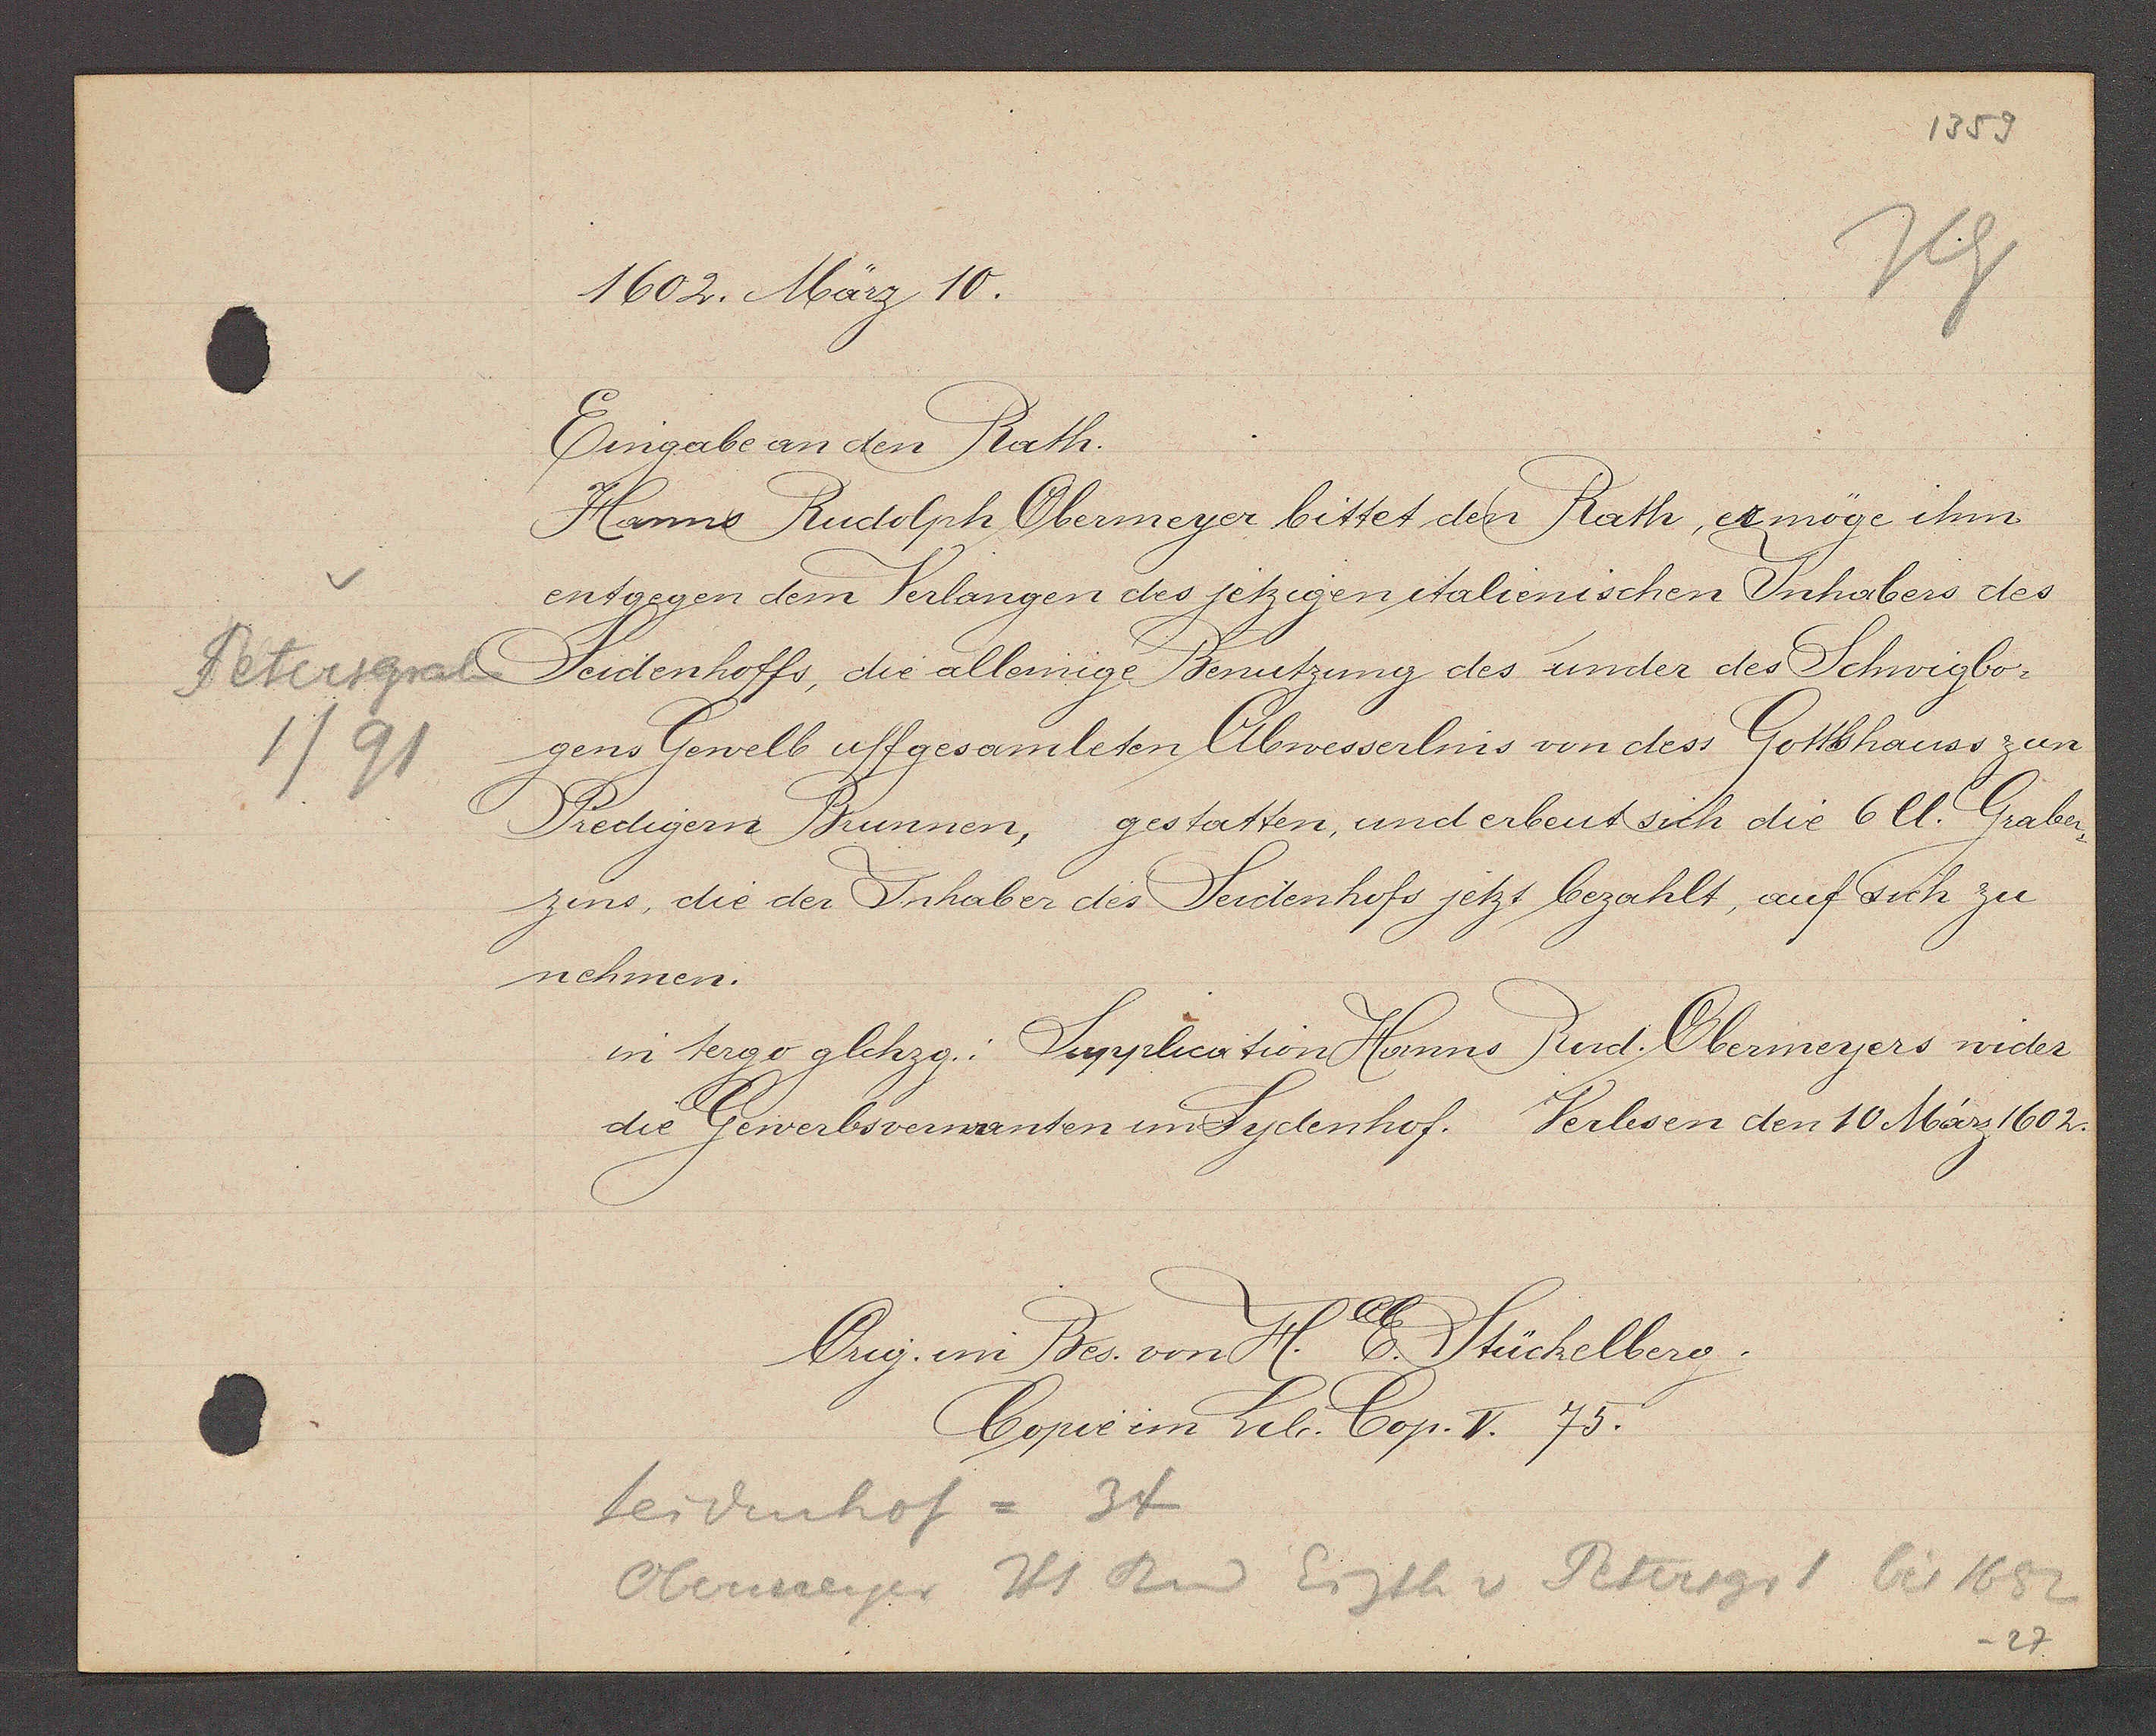
Transcript:
Petersgraben
1/91

1602. März 10.

Eingabe an den Rath.
Hanns Rudolph Obermeyer bittet den Rath, es möge ihm
entgegen dem Verlangen des jetzigen italienischen Inhabers des
Seidenhoffs, die alleinige Benutzung des under des Schwigbo-
gens Gewelb uff gesamleten Abwesserlins von dess Gottshauss zum
Predigern Brunnen, gestatten, und erbent sich die 6 lt. Graben¬
zins, die der Inhaber des Seidenhofs jetzt bezahlt, auf sich zu
nehmen.
in tergo glchzg.: Supplication Hanns Rud. Obermeyers wider
die Gewerbsverwanten im Sydenhof. Verlesen den 10 März 1602.

Orig. im Bes. von H. E. Stückelberg.
Copie im Lib. Cop. V. 75.

Seidenhof = 34
Obermeyer Hs Rud Eigth v. Petersgr 1 bis 1682
-27